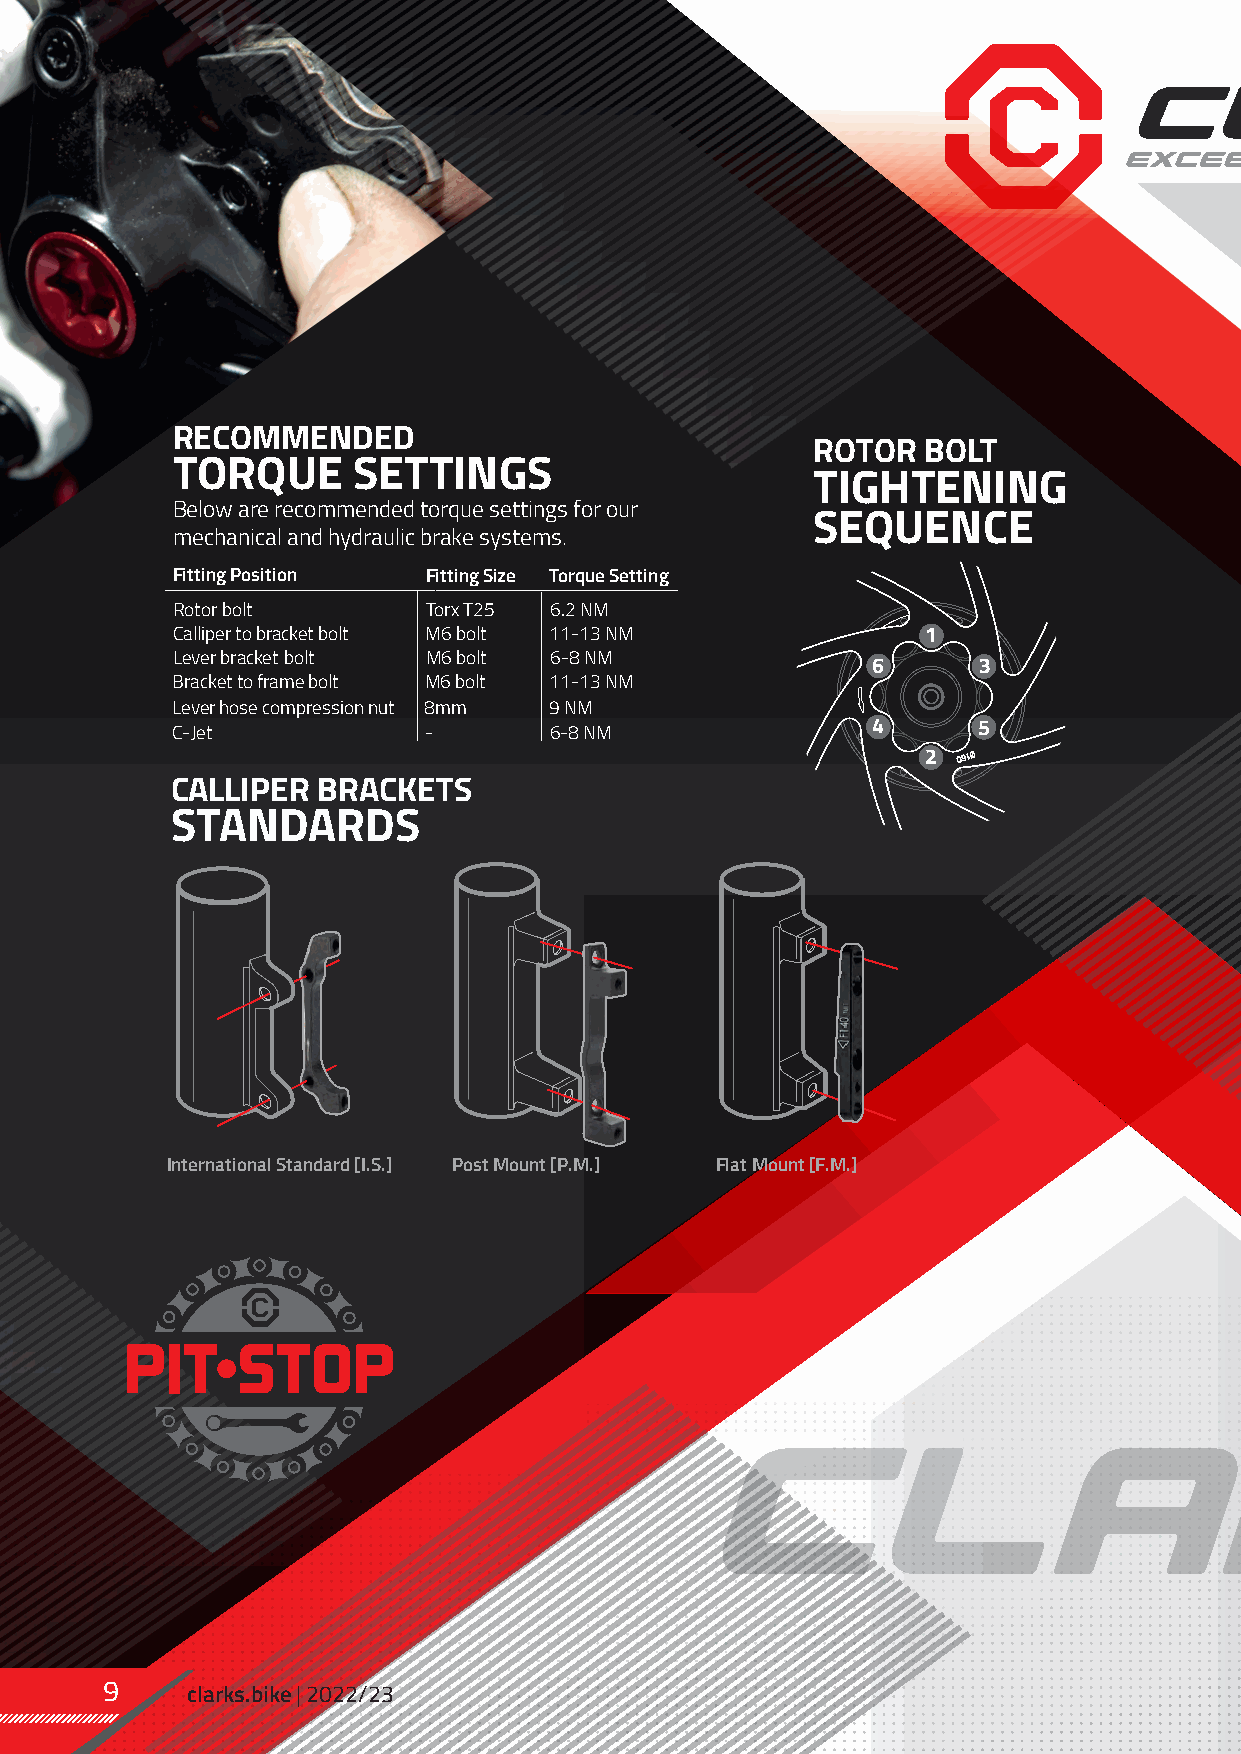
N
 O
 TI
 C
 U
 D
 E
 R
 H
 T
 G
 N
 E
 L
 E
 S
 O
 H
 RECOMMENDED
 ROTOR  BOLT                                   WORKSHOP,    SERVICE  &
 TORQUE      SETTINGS
 TIGHTENING                                    MAINTENANCE          VIDEOS
 Below are recommended torque settings for our
 SEQUENCE                                      clarks.bike/how-to-videos.html                         T
 N
 mechanical and hydraulic brake systems.                                                                                                       E
 M
 We have produced an extensive set of workshop mainte-
 E
 Fitting Position Fitting Size Torque Setting                                             nance and support “HOW TO VIDEOS’ that are available on A C
 L
 Rotor bolt       Torx T25 6.2 NM                                                         our website. They clearly demonstrate many of the commonly P
 E
 Calliper to bracket bolt M6 bolt 11-13 NM         1                                      asked maintenence tasks associated with our hydraulic brake sets. R
 M
 Lever bracket bolt M6 bolt 6-8 NM
 6      3                                                                           G
 Bracket to frame bolt M6 bolt 11-13 NM                                                                                           A
 R
 H
 Lever hose compression nut 8mm 9 NM
 P
 C-Jet            -       6-8 NM                4      5                                                                    DIA
 2
 CALLIPER  BRACKETS
 STANDARDS
 G
 N
 TI
 T
 FI
 R
 O
 T
 O
 R
 T
 E
 -J
 C
 A
 H
 T
 W I
 M
 E
 T
 S
 Y
 S
 International Standard [I.S.] Post Mount [P.M.] Flat Mount [F.M.]                                                        E
 K
 A
 R
 B
 A
 G
 N
 TI
 T
 FI
 9    clarks.bike | 2022/23